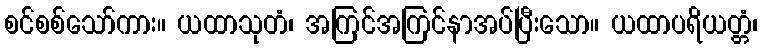
စင်စစ်သော်ကား။ ယထာသုတံ၊ အကြင်အကြင်နာအပ်ပြီးသော။ ယထာပရိယတ္တံ၊